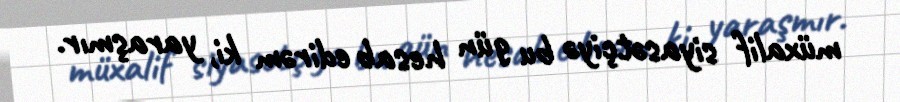
müxalif siyasətçiyə bu gün hesab edirəm ki, yaraşmır.